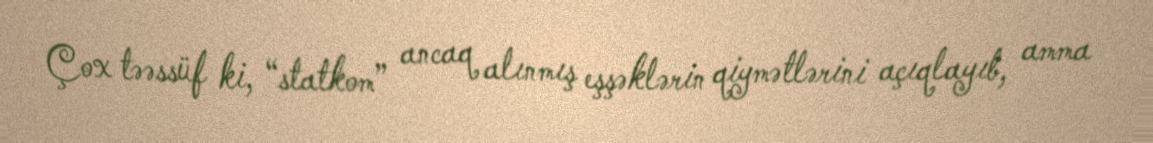
Çox təəssüf ki, “statkom” ancaq alınmış eşşəklərin qiymətlərini açıqlayıb, amma